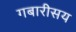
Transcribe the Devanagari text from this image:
गबारीसय